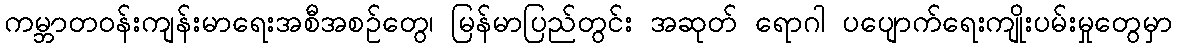
ကမ္ဘာတဝန်းကျန်းမာရေးအစီအစဉ်တွေ၊ မြန်မာပြည်တွင်း အဆုတ် ရောဂါ ပပျောက်ရေးကျိုးပမ်းမှုတွေမှာ